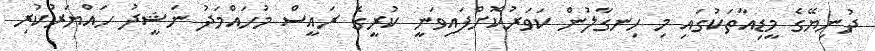
ދުނިޔޭގެ މީޑިއާތަކުގައި މި ހިނގާލުން ކަވަރުކޮށްފައިވަނީ ކުރީގެ ރައީސް މުހައްމަދު ނަޝީދު ހައްޔަރުކުރި